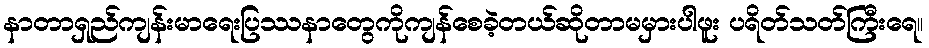
နာတာရှည်ကျန်းမာရေးပြဿနာတွေကိုကျန်စေခဲ့တယ်ဆိုတာမမှားပါဖူး ပရိတ်သတ်ကြီးရေ။